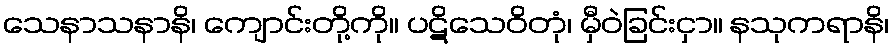
သေနာသနာနိ၊ ကျောင်းတို့ကို။ ပဋိသေဝိတုံ၊ မှီဝဲခြင်းငှာ။ နသုကရာနိ၊